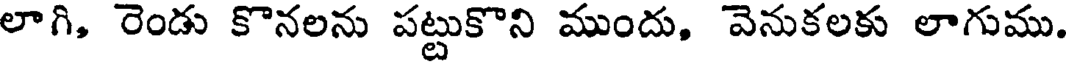
లాగి, రెండు కొనలను పట్టుకొని ముందు, వెనుకలకు లాగుము.